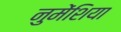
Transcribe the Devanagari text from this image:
नुमेंशिया